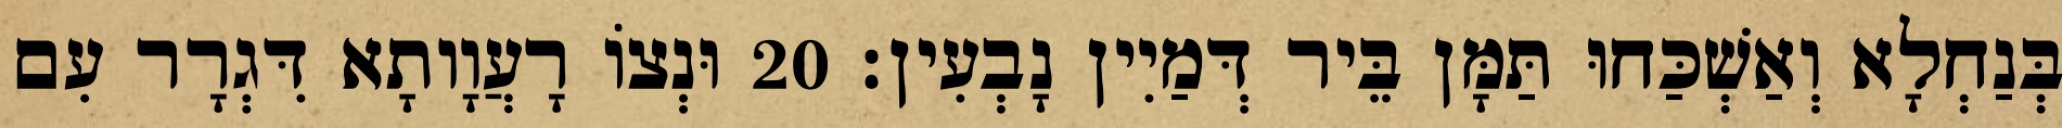
בְּנַחְלָא וְאַשְׁכַּחוּ תַּמָּן בֵּיר דְּמַיִין נָבְעִין׃ 20 וּנְצוֹ רָעֲוָותָא דִּגְרָר עִם